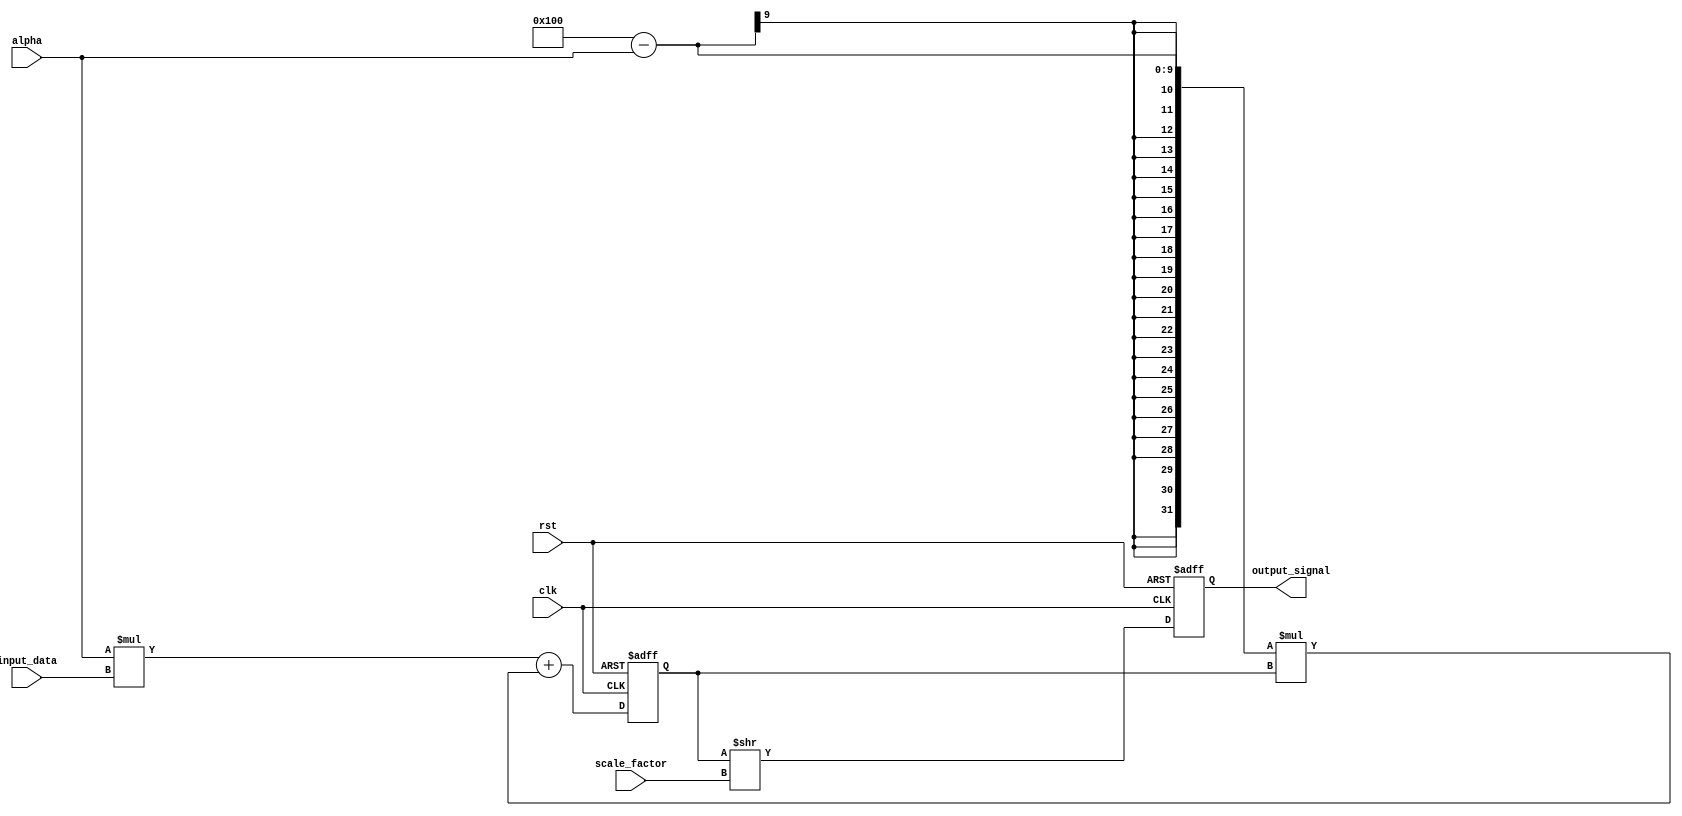
module exponential_moving_average_accumulator (
    input wire clk,
    input wire rst,
    input wire [7:0] alpha,
    input wire [15:0] input_data,
    input wire [7:0] scale_factor,
    output reg [15:0] output_signal
);

reg [15:0] running_sum;

always @(posedge clk or posedge rst) begin
    if (rst) begin
        running_sum <= 16'h0;
        output_signal <= 16'h0;
    end else begin
        running_sum <= alpha * input_data + (256 - alpha) * running_sum;
        output_signal <= running_sum >> scale_factor;
    end
end

endmodule